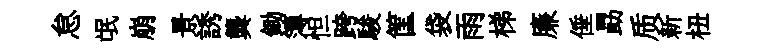
怠氓崩景誘龔鋤簿怛跨駿筐袋雨梯廉倕勗质新杻